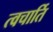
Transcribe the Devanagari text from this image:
त्वचार्ति